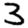
Digit: 3